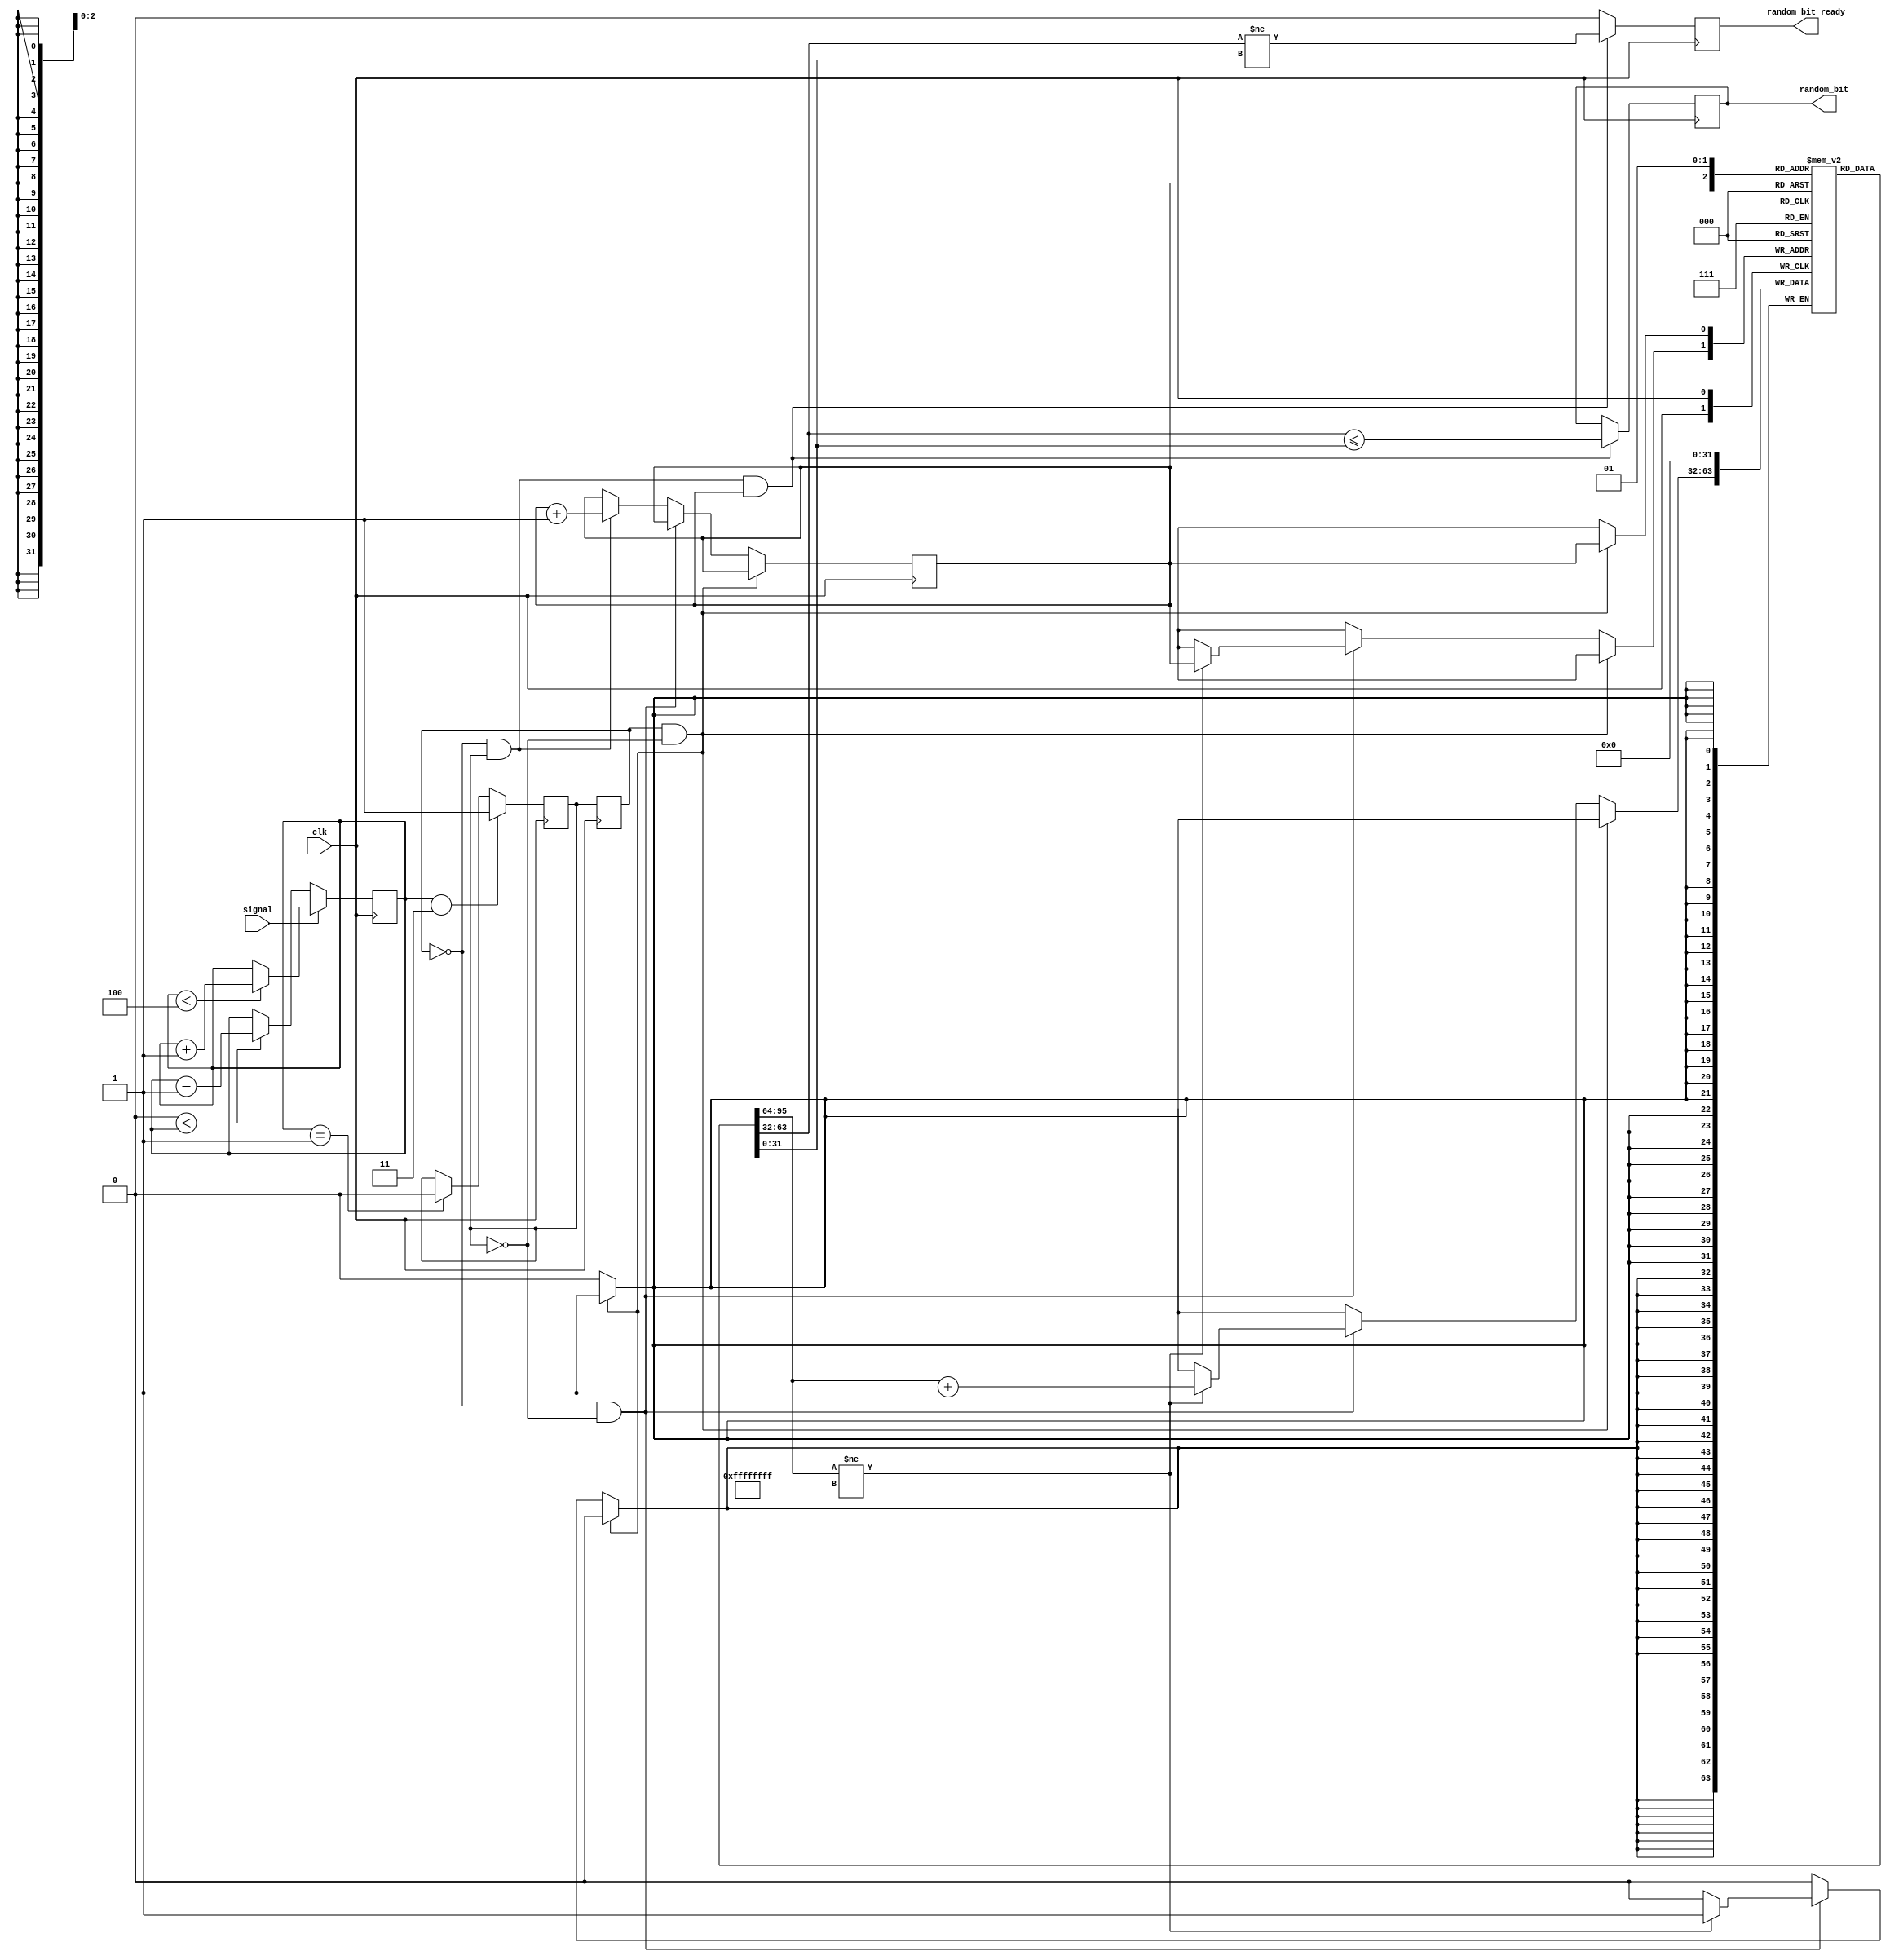
// No Copyright. Vladislav Aleinik, 2020
//=============================================================================
// Random Bit Generator
//=============================================================================
// - Counts time between incoming impulses
// - Compares two times and generates a random bit
// - Discards the pair if times are equal
//=============================================================================
module RandomBitGenerator #(
	parameter [15:0]DEC_LEVEL = 1,
	parameter [15:0]INC_LEVEL = 3,
	parameter [15:0]MAX_LEVEL = 4
)(
	input clk,

	input signal,

	output reg random_bit       = 0,
	output reg random_bit_ready = 0
);

// Signal debouncer:
reg [15:0]debouncer       = 0;
reg debounced_signal      = 0;
reg debounced_signal_prev = 0;
always @(posedge clk) begin
	if (signal) begin
		if (debouncer < MAX_LEVEL)
			debouncer <= debouncer + 1;
	end else begin
		if (0 < debouncer)
			debouncer <= debouncer - 1;
	end

	if (debouncer == INC_LEVEL)
		debounced_signal <= 1;
	else if (debouncer == DEC_LEVEL)
		debounced_signal <= 0;

	debounced_signal_prev <= debounced_signal;
end

// Clock management:
reg [31:0]timers[1:0];
reg cur_timer = 0;

always @(posedge clk) begin
	// Falling edge:
	if (debounced_signal_prev == 1 && debounced_signal == 0) begin
		timers[cur_timer] <= 0;
	end

	// Low level:
	else if (debounced_signal_prev == 0 && debounced_signal == 0) begin
		if (timers[cur_timer] != 32'hFFFFFFFF)
			timers[cur_timer] <= timers[cur_timer] + 1;
	end

	// Rising edge:
	else if (debounced_signal_prev == 0 && debounced_signal == 1) begin
		cur_timer <= cur_timer + 1;
	end
end

// Random bit generation:
always @(posedge clk) begin
	// Rising edge:
	if (debounced_signal_prev == 0 && debounced_signal == 1 && cur_timer == 1) begin
		random_bit       <= timers[0] <= timers[1];
		random_bit_ready <= timers[0] != timers[1];
	end
	else begin
		random_bit_ready <= 0;
	end
end

endmodule